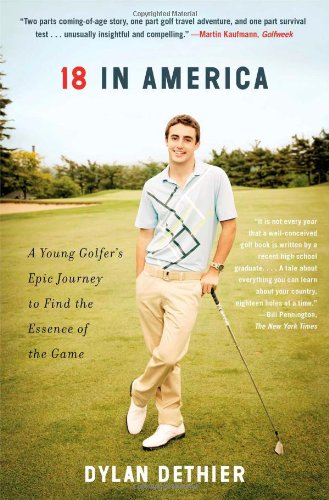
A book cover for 18 in America: A Young Golfer's Epic Journey to Find the Essence of the Game; Dylan Dethier; Biographies & Memoirs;